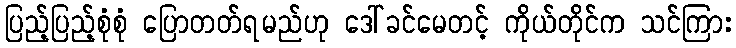
ပြည့်ပြည့်စုံစုံ ပြောတတ်ရမည်ဟု ဒေါ်ခင်မေတင့် ကိုယ်တိုင်က သင်ကြား